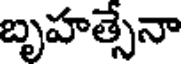
బృహత్సేనా